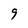
Character: 9